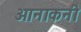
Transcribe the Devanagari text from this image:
आनाकनी